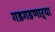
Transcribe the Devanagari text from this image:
गडगडणाऱ्या